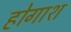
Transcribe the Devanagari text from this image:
होगाश